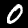
Digit: 0